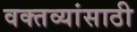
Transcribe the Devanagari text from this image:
वक्तव्यांसाठी